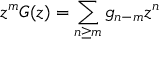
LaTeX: z ^ { m } G ( z ) = \sum _ { n \geq m } g _ { n - m } z ^ { n }